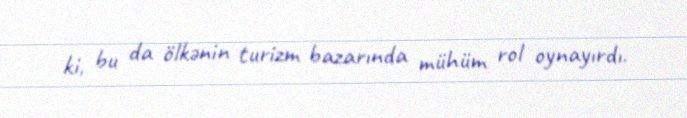
ki, bu da ölkənin turizm bazarında mühüm rol oynayırdı.